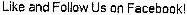
LIKE AND FOLLOW US ON FACEBOOK!